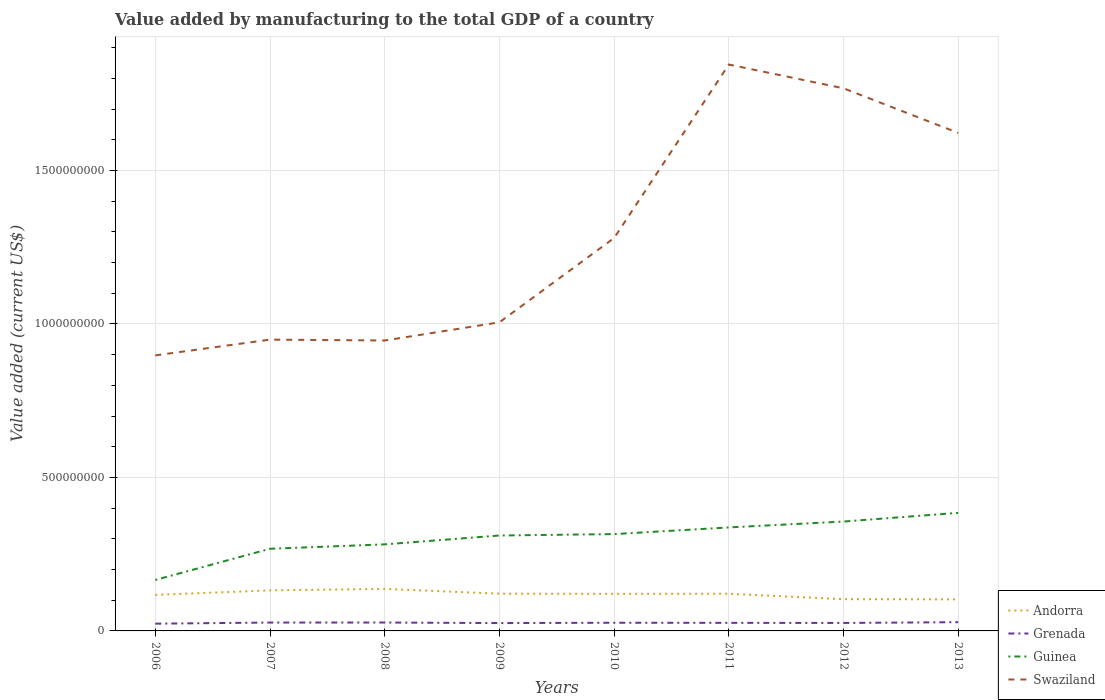
| Years | Andorra | Grenada | Guinea | Swaziland |
 | --- | --- | --- | --- | --- |
 | 2006 | 1.17e+08 | 2.36e+07 | 1.66e+08 | 8.98e+08 |
 | 2007 | 1.32e+08 | 2.73e+07 | 2.68e+08 | 9.49e+08 |
 | 2008 | 1.37e+08 | 2.74e+07 | 2.82e+08 | 9.46e+08 |
 | 2009 | 1.21e+08 | 2.56e+07 | 3.11e+08 | 1.01e+09 |
 | 2010 | 1.21e+08 | 2.66e+07 | 3.15e+08 | 1.28e+09 |
 | 2011 | 1.21e+08 | 2.63e+07 | 3.37e+08 | 1.85e+09 |
 | 2012 | 1.03e+08 | 2.6e+07 | 3.56e+08 | 1.77e+09 |
 | 2013 | 1.03e+08 | 2.85e+07 | 3.85e+08 | 1.62e+09 |